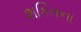
શકિતના